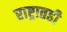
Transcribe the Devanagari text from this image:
राष्ट्रातही